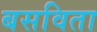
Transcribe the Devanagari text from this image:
बसविता